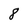
Character: 8